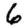
Digit: 6